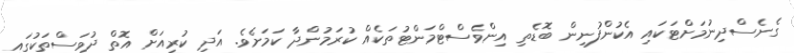
ގެނެސްދިނުމަށްޓަކައި އެކުންފުނިން ބޮޑެތި އިންވެސްޓްމަންޓުތަކެއް ކުރަމުންދާ ކަމަށެވެ. އަދި ކުރިއަށް އޮތް ދުވަސްތަކުގައި